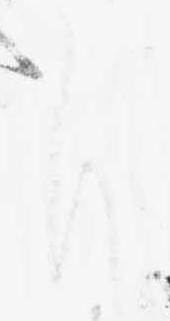
自